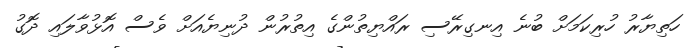
ހަތިޔާރު ހުރިކަމަށް ބުނެ އިނގިރޭސި ރައްޔިތުންގެ އިތުރުން ދުނިޔެއަށް ވެސް އޮޅުވާލައި ދޮގު